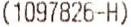
(1097826-H)